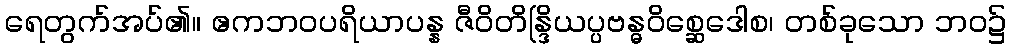
ရေတွက်အပ်၏။ ဧကဘဝပရိယာပန္န ဇီဝိတိန္ဒြိယပ္ပဗန္ဓဝိစ္ဆေဒေါစ၊ တစ်ခုသော ဘဝ၌